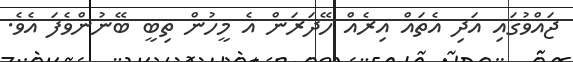
ޖައްވުގައި އަދި އެތައް އިރެއް ހޭދަރަން އެ މީހުން ތިބީ ބޭނުންވެފަ އެވެ.